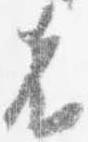
者